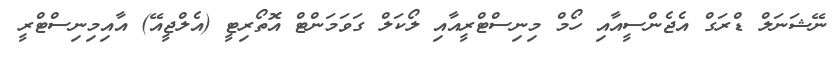
ނޭޝަނަލް ޑްރަގް އެޖެންސީއާއި ހޯމް މިނިސްޓްރީއާއި ލޯކަލް ގަވަމަންޓް އޮތޯރިޓީ (އެލްޖީއޭ) އާއިމިނިސްޓްރީ